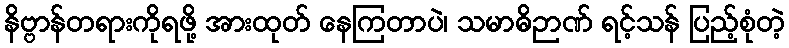
နိဗ္ဗာန်တရားကိုရဖို့ အားထုတ် နေကြတာပဲ၊ သမာဓိဉာဏ် ရင့်သန် ပြည့်စုံတဲ့